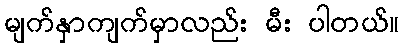
မျက်နှာကျက်မှာလည်း မီး ပါတယ်။